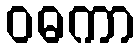
ဝဓကာ